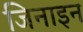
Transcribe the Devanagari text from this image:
जिनाइन